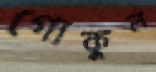
গোকুল